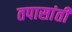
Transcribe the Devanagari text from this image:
तपासांती